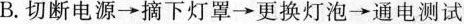
B.切断电源→摘下灯罩→更换灯泡→通电测试